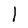
Character: l